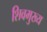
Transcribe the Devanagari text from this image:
शिवमुख्य